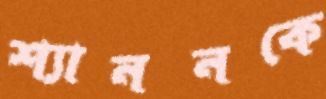
শ্যাননকে